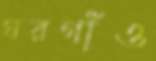
ঘরগাঁও